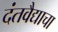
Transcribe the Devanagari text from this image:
दंतवैद्याचा